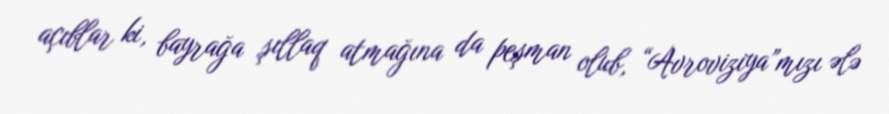
açıblar ki, bayrağa şıllaq atmağına da peşman olub, “Avroviziya”mızı ələ